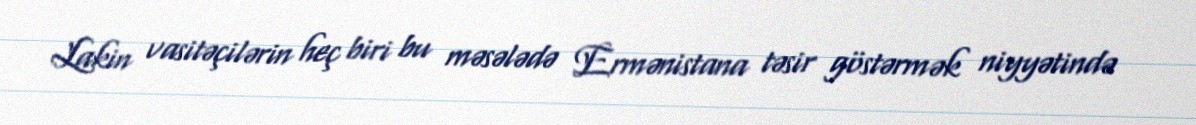
Lakin vasitəçilərin heç biri bu məsələdə Ermənistana təsir göstərmək niyyətində